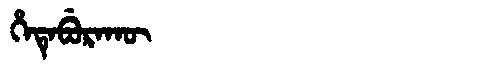
Manchu: ᡥᡝᡨᡝᠪᡠᡵᠠᡴᡡ
Romanization: HETEBURAKŪ